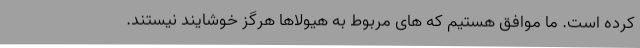
کرده است. ما موافق هستیم که های مربوط به هیولاها هرگز خوشایند نیستند.